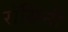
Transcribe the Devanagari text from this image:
रॉसिनी